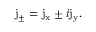
\mathrm { j _ { \pm } } = \mathrm { j _ { x } } \pm i \mathrm { j _ { y } } .